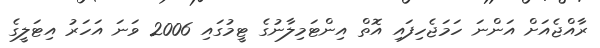
ރާއްޖެއަށް އަންނަ ހަމަޖެހިފައި އޮތް އިންޓަމިލާނުގެ ޓީމުގައި 2006 ވަނަ އަހަރު އިޓަލީގެ